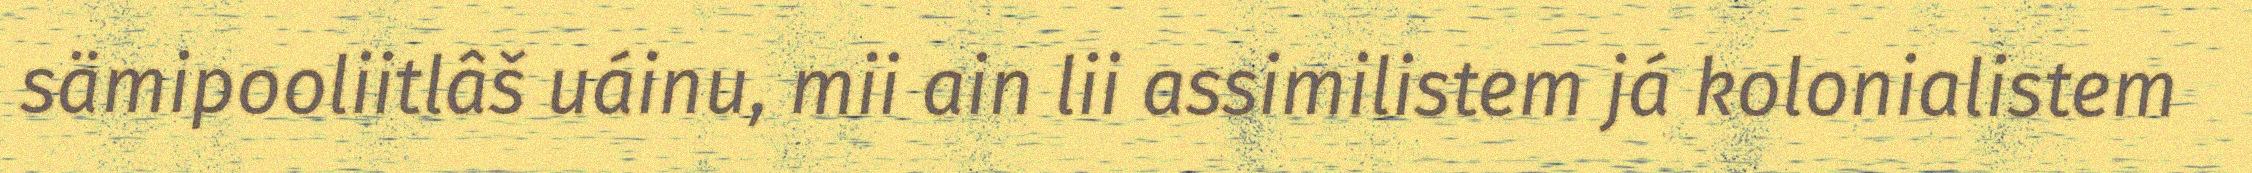
sämipooliitlâš uáinu, mii ain lii assimilistem já kolonialistem